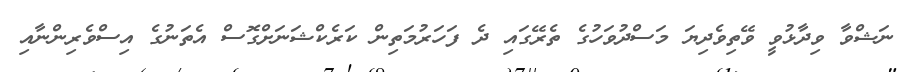
ނަޝްވާ ވިދާޅުވީ ވޭތިވެދިޔަ މަސްދުވަހުގެ ތެރޭގައި ދެ ފަހަރުމަތިން ކަރެކްޝަނަށްގޮސް އެތަނުގެ އިސްވެރިންނާއި